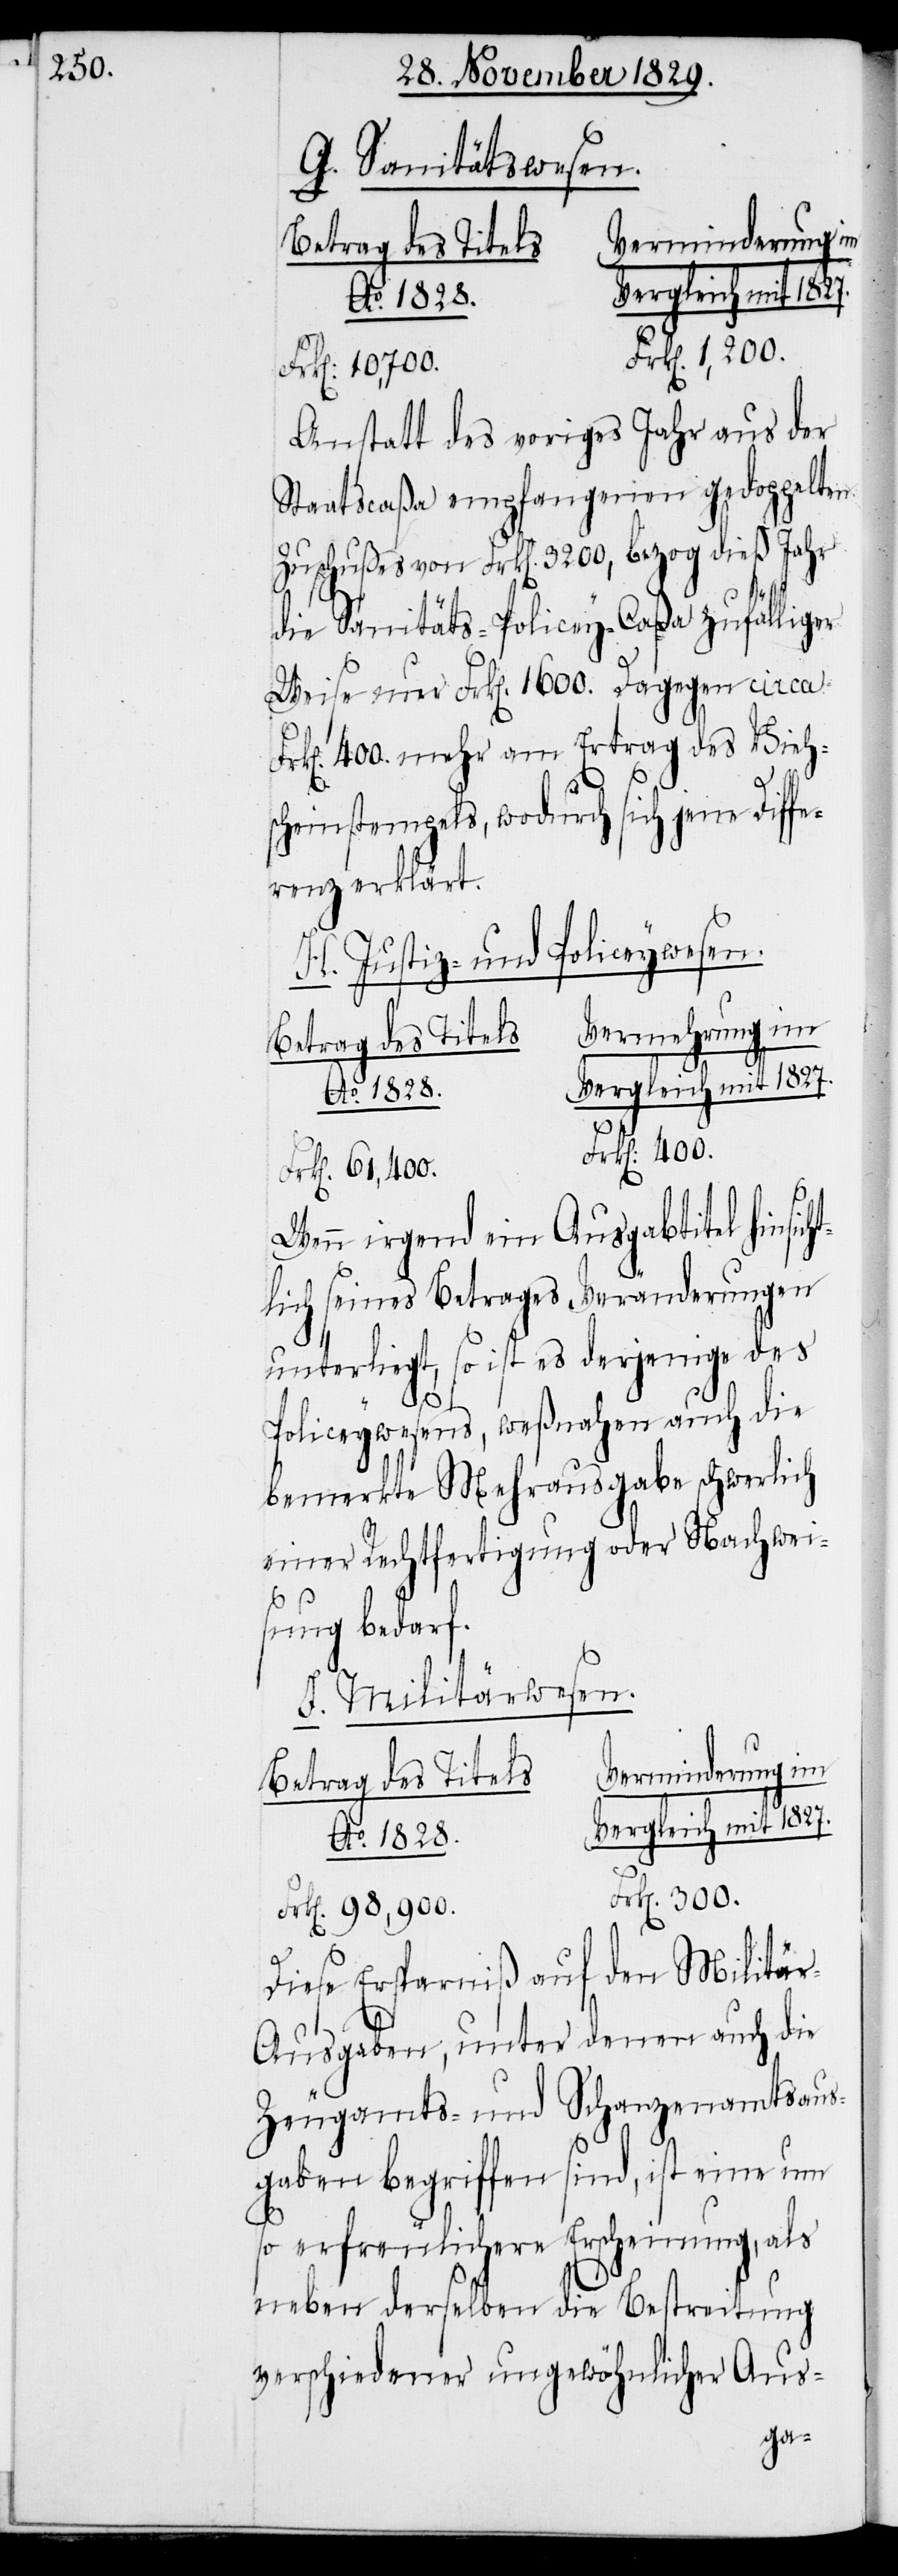
G. Sanitätswesen.
Frk[en]. 10,700.
Anstatt des voriges Jahr aus der
Staatscaßa empfangenen gedoppelten
Zuschußes von Frk[en]. 3200, bezog dieß Jahr
die Sanitäts-Policey-Caßa zufälliger
Weise nur Frk[en]. 1600. Dagegen circa Fr¬
k[en]. 400. mehr am Ertrag des Vieh¬
scheinstempels, wodurch sich jene Diffe¬
renz erklärt.
H. Justiz- und Policeywesen.
Vermehrung im
Ao. 1828.
Frk[en]. 400.
Frk[en]. 61,400.
Wenn irgend ein Ausgabtitel hinsich¬
tlich seines Betrages Veränderungen
unterliegt, so ist es derjenige daß
300.
Policeywesens, weßnahen auch die
bemerkte Mehrausgabe schwerlich
einer Rechtfertigung oder Nachwei¬
sung bedarf.
I. Militärwesen.
Verminderung im
Betrag des Titels.
Diese Ersparniß auf den Militä¬
r-Ausgaben, unter denen auch die
Zeugamts- und Schanzenamtsaus¬
gaben begriffen sind, ist eine um
so erfreulichere Erscheinung, als
neben derselben die Bestreitung
verschiedener ungewöhnlicher Aus-